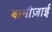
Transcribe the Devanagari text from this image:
बामीज़ाई